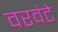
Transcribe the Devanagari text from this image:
वरवंटे